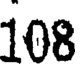
108